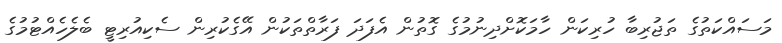
މަސައްކަތުގެ ތަޖުރިބާ ހުރިކަން ހާމަކޮށްދިނުމުގެ ގޮތުން އެފަދަ ފަރާތްތަކުން އޭގެކުރިން ސެކިއުރިޓީ ބެލެހެއްޓުމުގެ